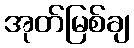
အုတ်မြစ်ချ